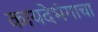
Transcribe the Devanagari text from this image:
कायदेभंगाचा